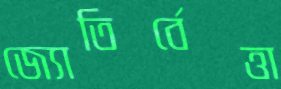
জ্যোতির্বেত্তা